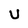
Character: v